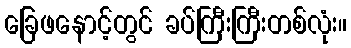
ခြေဖနောင့်တွင် ခပ်ကြီးကြီးတစ်လုံး။